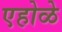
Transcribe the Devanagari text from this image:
एहोळे